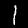
Label: 1